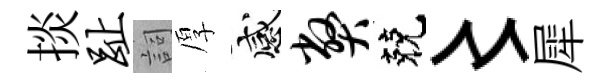
掞趾詞厚感弊兢〻犀